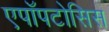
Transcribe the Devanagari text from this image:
एपॉपटोसिस